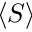
\langle S \rangle